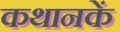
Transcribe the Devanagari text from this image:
कथानकें